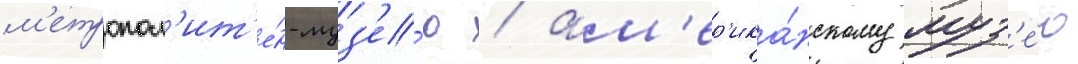
м'етропол'ит'е́н-муз'е́ю / ам'ер'ика́нскому муз'е́ю